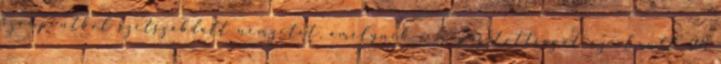
szempontból szétszabdalt nemzetet, amelynek a megosztottságát az elmúlt 28